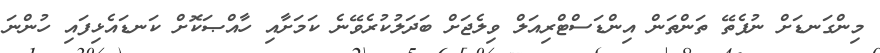
މިންގަނޑަށް ނުފެތޭ ތަންތަން އިންޑަސްޓްރިއަލް ވިލެޖަށް ބަދަލުކުރެވޭނެ ކަމަށާއި ހާއްޞަކޮށް ކަނޑައެޅިފައި ހުންނަ